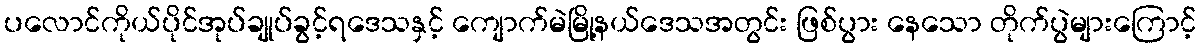
ပလောင်ကိုယ်ပိုင်အုပ်ချုပ်ခွင့်ရဒေသနှင့် ကျောက်မဲမြို့နယ်ဒေသအတွင်း ဖြစ်ပွား နေသော တိုက်ပွဲများကြောင့်